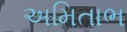
અમિતાભ